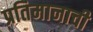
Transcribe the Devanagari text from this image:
प्रतिमानाची